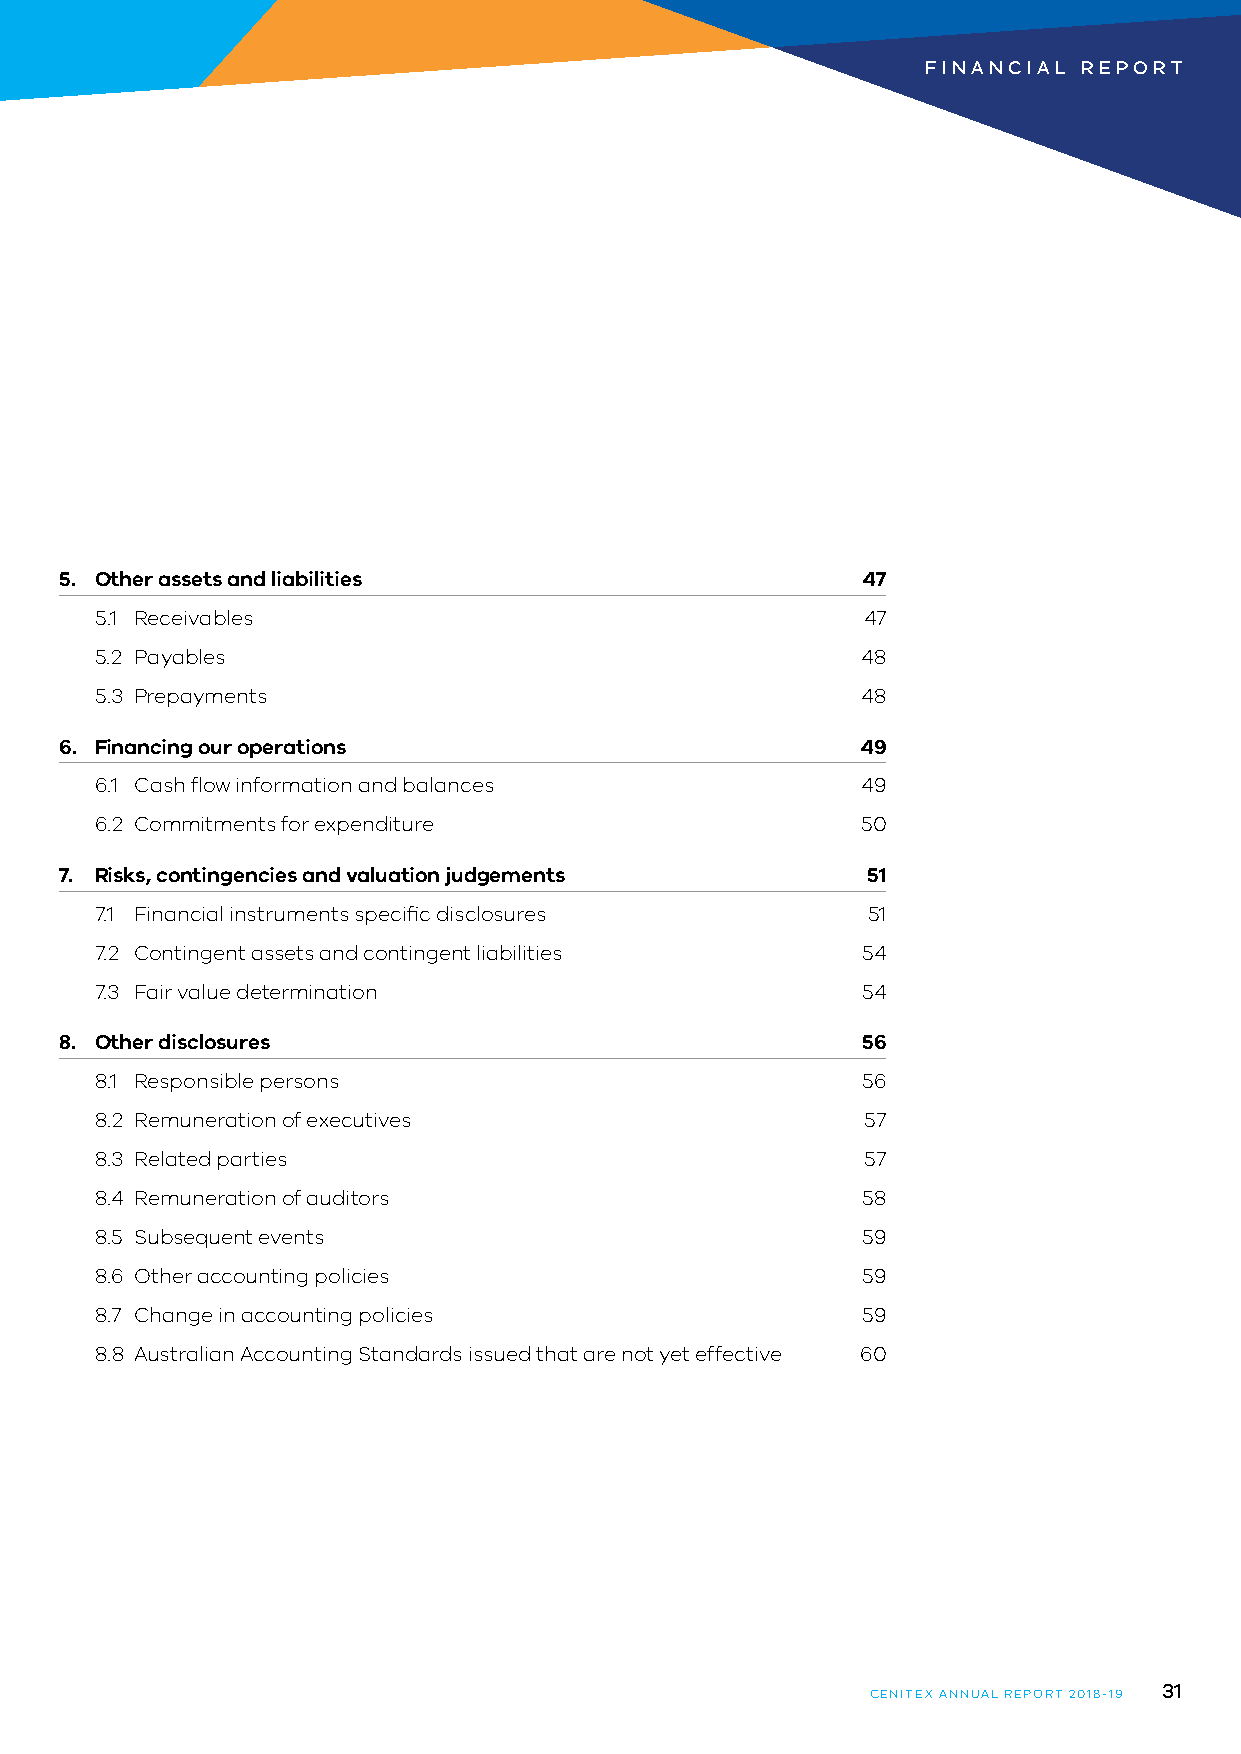
FINANCIAL  REPORT
 5. Other assets and liabilities                      47
 5.1 Receivables                                    47
 5.2 Payables                                       48
 5.3 Prepayments                                    48
 6. Financing our operations                          49
 6.1 Cash flow information and balances             49
 6.2 Commitments for expenditure                    50
 7. R isks, contingencies and valuation judgements    51
 7.1 Financial instruments specific disclosures     51
 7.2 Contingent assets and contingent liabilities   54
 7.3 Fair value determination                       54
 8. Other disclosures                                 56
 8.1 Responsible persons                            56
 8.2 Remuneration of executives                     57
 8.3 Related parties                                57
 8.4 Remuneration of auditors                       58
 8.5 Subsequent events                              59
 8.6 Other accounting policies                      59
 8.7 Change in accounting policies                  59
 8.8 Australian Accounting Standards issued that are not yet effective 60
 31
 CENITEX ANNUAL REPORT 2018-19